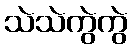
သဲသဲကွဲကွဲ